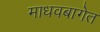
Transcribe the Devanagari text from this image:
माधवबागेत